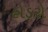
હોડરો